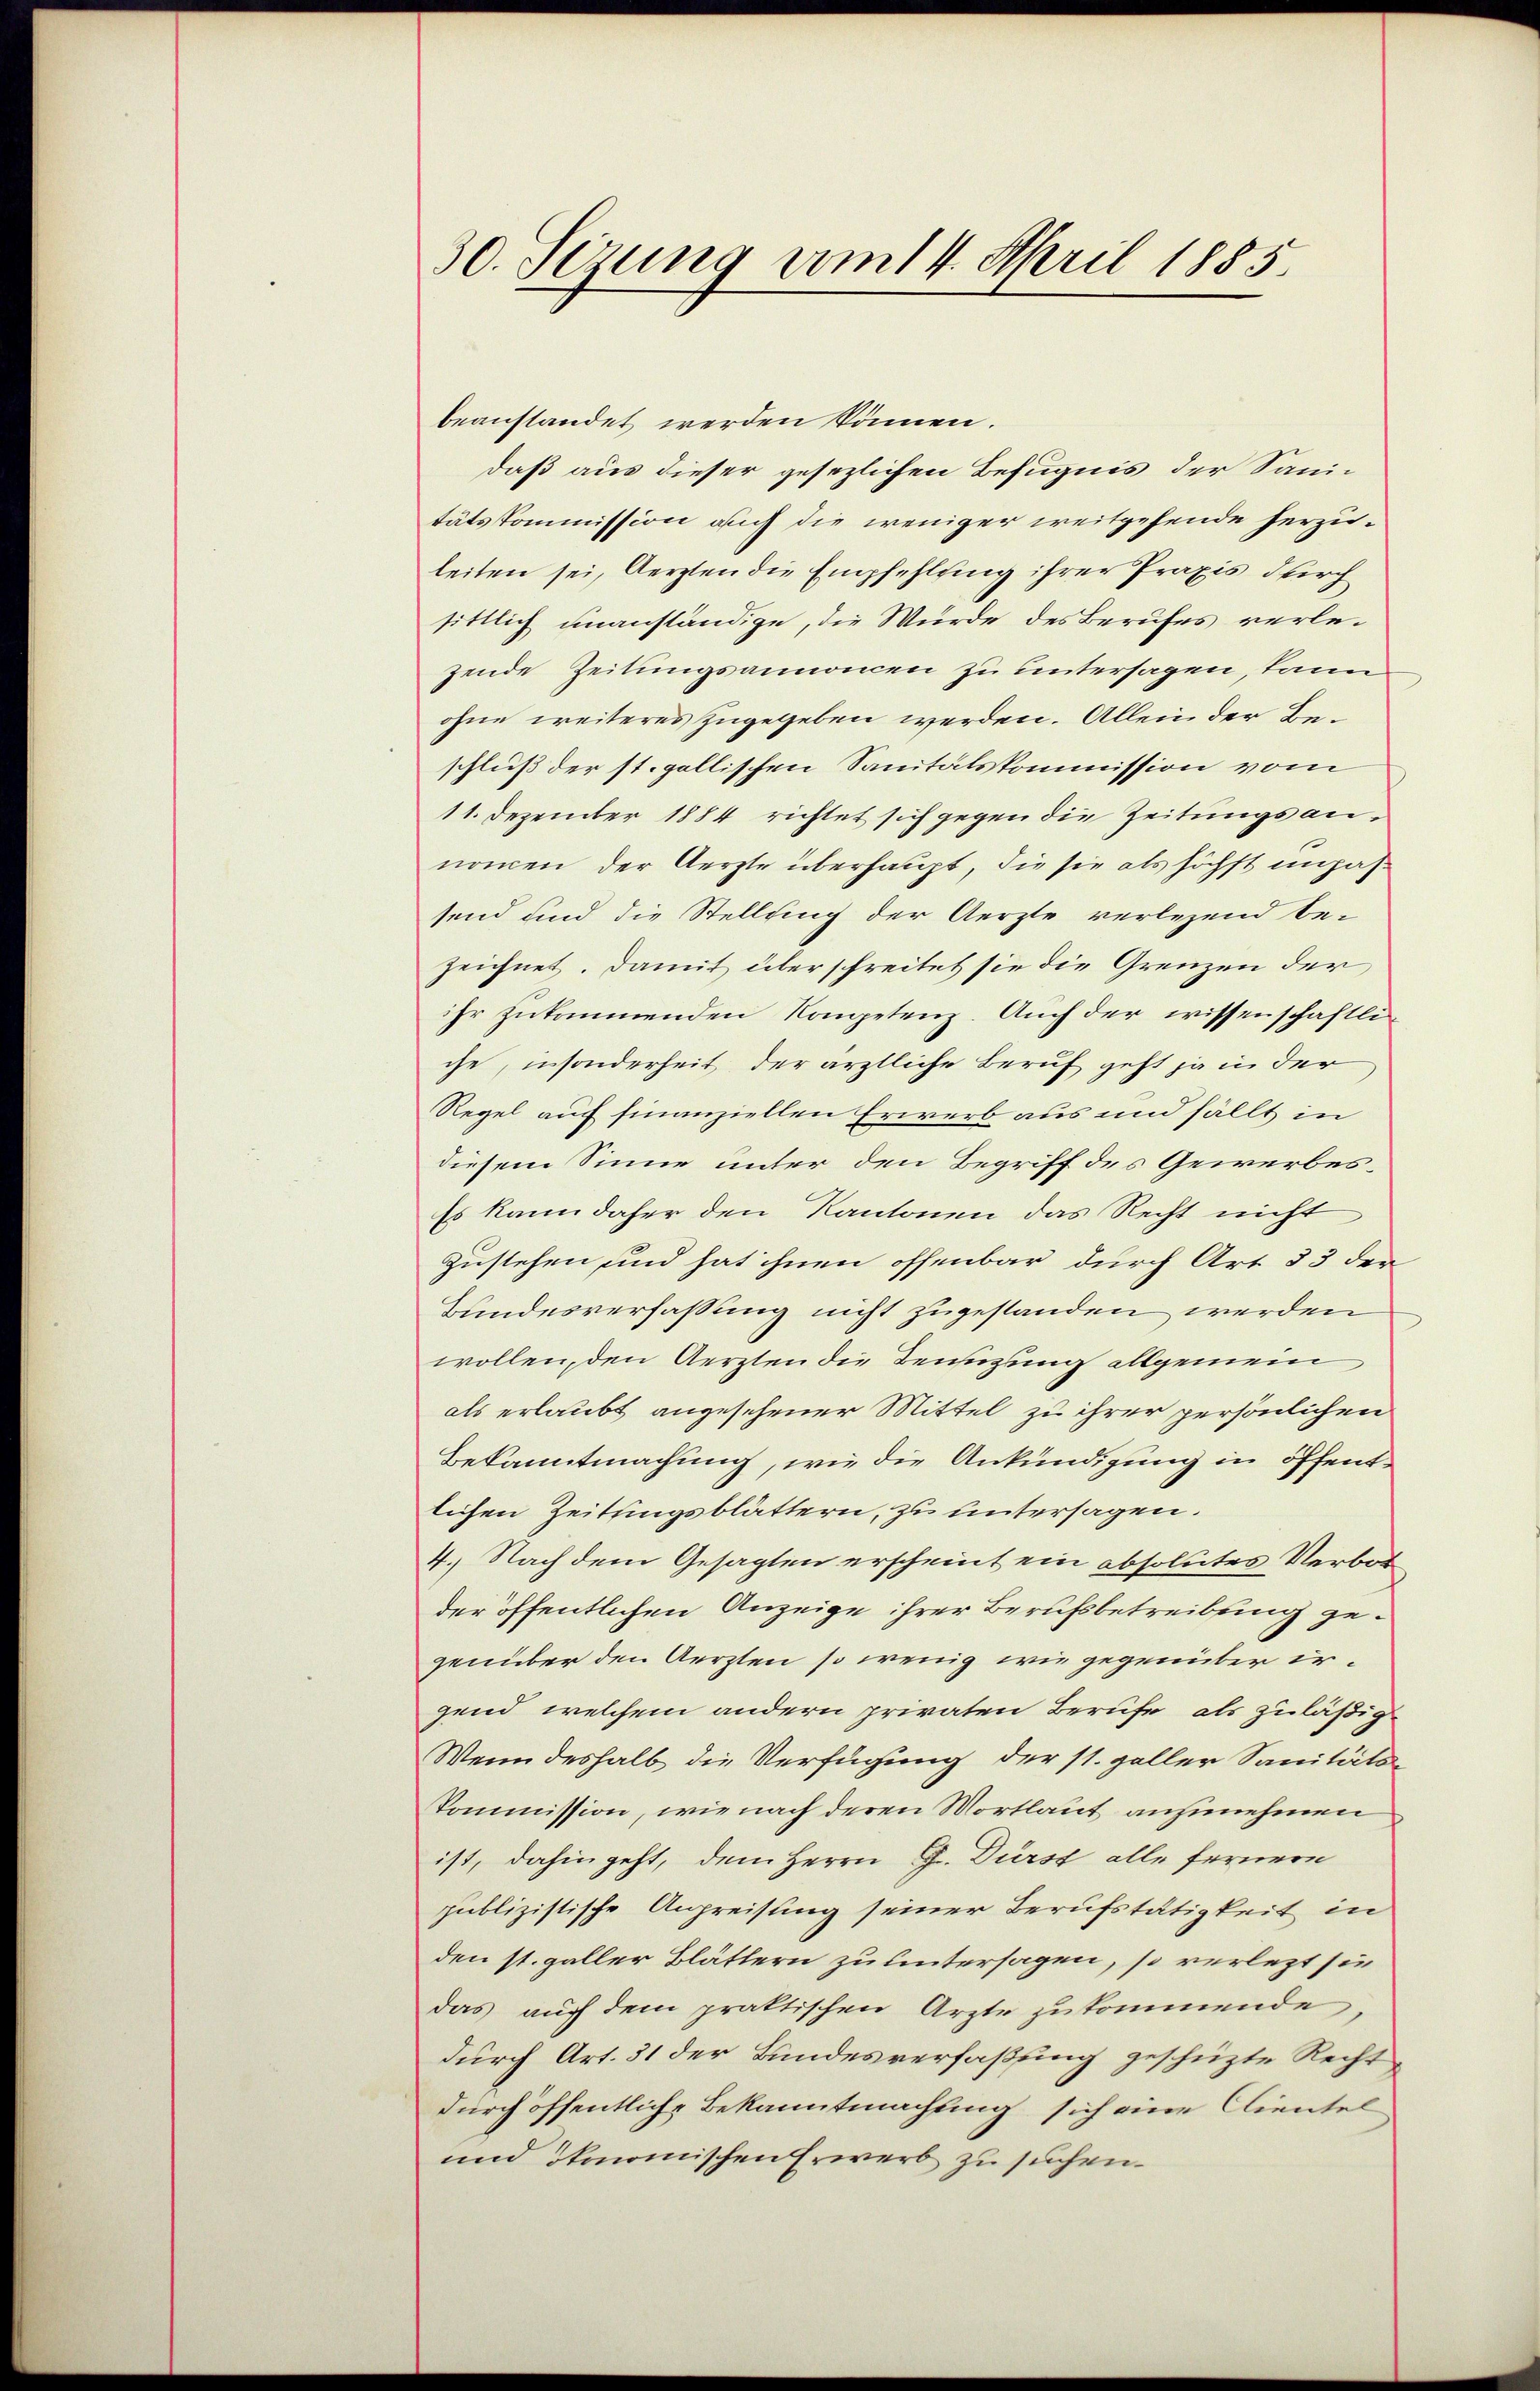
30. Sizung vom 14. April 1855.

beanstandet werden können.
daß aus dieser gesezlichen Befugnis der Sanitätskommission auch die weniger weitgehende herzuleiten sei, Aerzten die Empfehlung ihrer Praxis durch
sittlich unanständige, die Würde des Berufes verlezende Zeitungsannoncen zu untersagen, kann
ohne weiteres zugegeben werden. Allein der Beschluß der st. gallischen Sanitätskommission vom
11. Dezember 1884 richtet sich gegen die Zeitungsannommen der Aerzte überhaupt, die sie als höchst impassend und die Stellung der Aerzte verlegend be-
zeichnet. Damit über schreitet sie die Grenzen der
ihr zukommenden Kompetenz. Auch der wissenschaftliche, insonderheit der ärztliche Beruf geht ja in der
Regel auf finanziellen Erwerb aus und fällt in
diesem Sinne unter den Begriff des Gewerbes¬
Es kann daher den Kantonen das Recht nicht
zustehen und hat ihnen offenbar durch Art 53 der
Bundesverfassung nicht zugestanden werden
wollen, den Aerzten die Benutzung allgemein
als erlaubt angesehener Mittel zu ihrer persönlichen
Bekanntmachung, wie die Ankündigung in öffentlichen Zeitungsblättern, zu untersagen.
4. Nach dem Gesagten erscheint ein absolutes Verbot
der öffentlichen Anzeige ihrer Berufsbetreibung gegenüber den Aerzten so wenig wie gegenüber ergend welchem andern privaten Berufe als zuläßig
Wenn deshalb die Verfügung der st. galler Sanitäts-
Kommission, wie nach deren Mortlaut anzunehmen
ist, dahin geht, dem Herrn G. Dürst alle fernere
publizistische Anpreisung seiner Berufstätigkeit in
den st. galler Blättern zu untersagen, so verletzt sie
das auch dem praktischen Arzte zukommende,
durch Art. 31 der Bundesverfaßung geschüzte Recht
durch öffentliche Bekanntmachung sich eine Clientel
und ökonomischen Erwerb zu suchen.